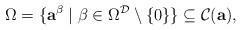
LaTeX: \begin{align*}\Omega = \{ \mathbf{a}^\beta \mid \beta \in \Omega^{\mathcal{D}} \setminus \{ 0 \} \} \subseteq \mathcal{C}(\mathbf{a}),\end{align*}